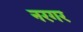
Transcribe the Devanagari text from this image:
नरगर